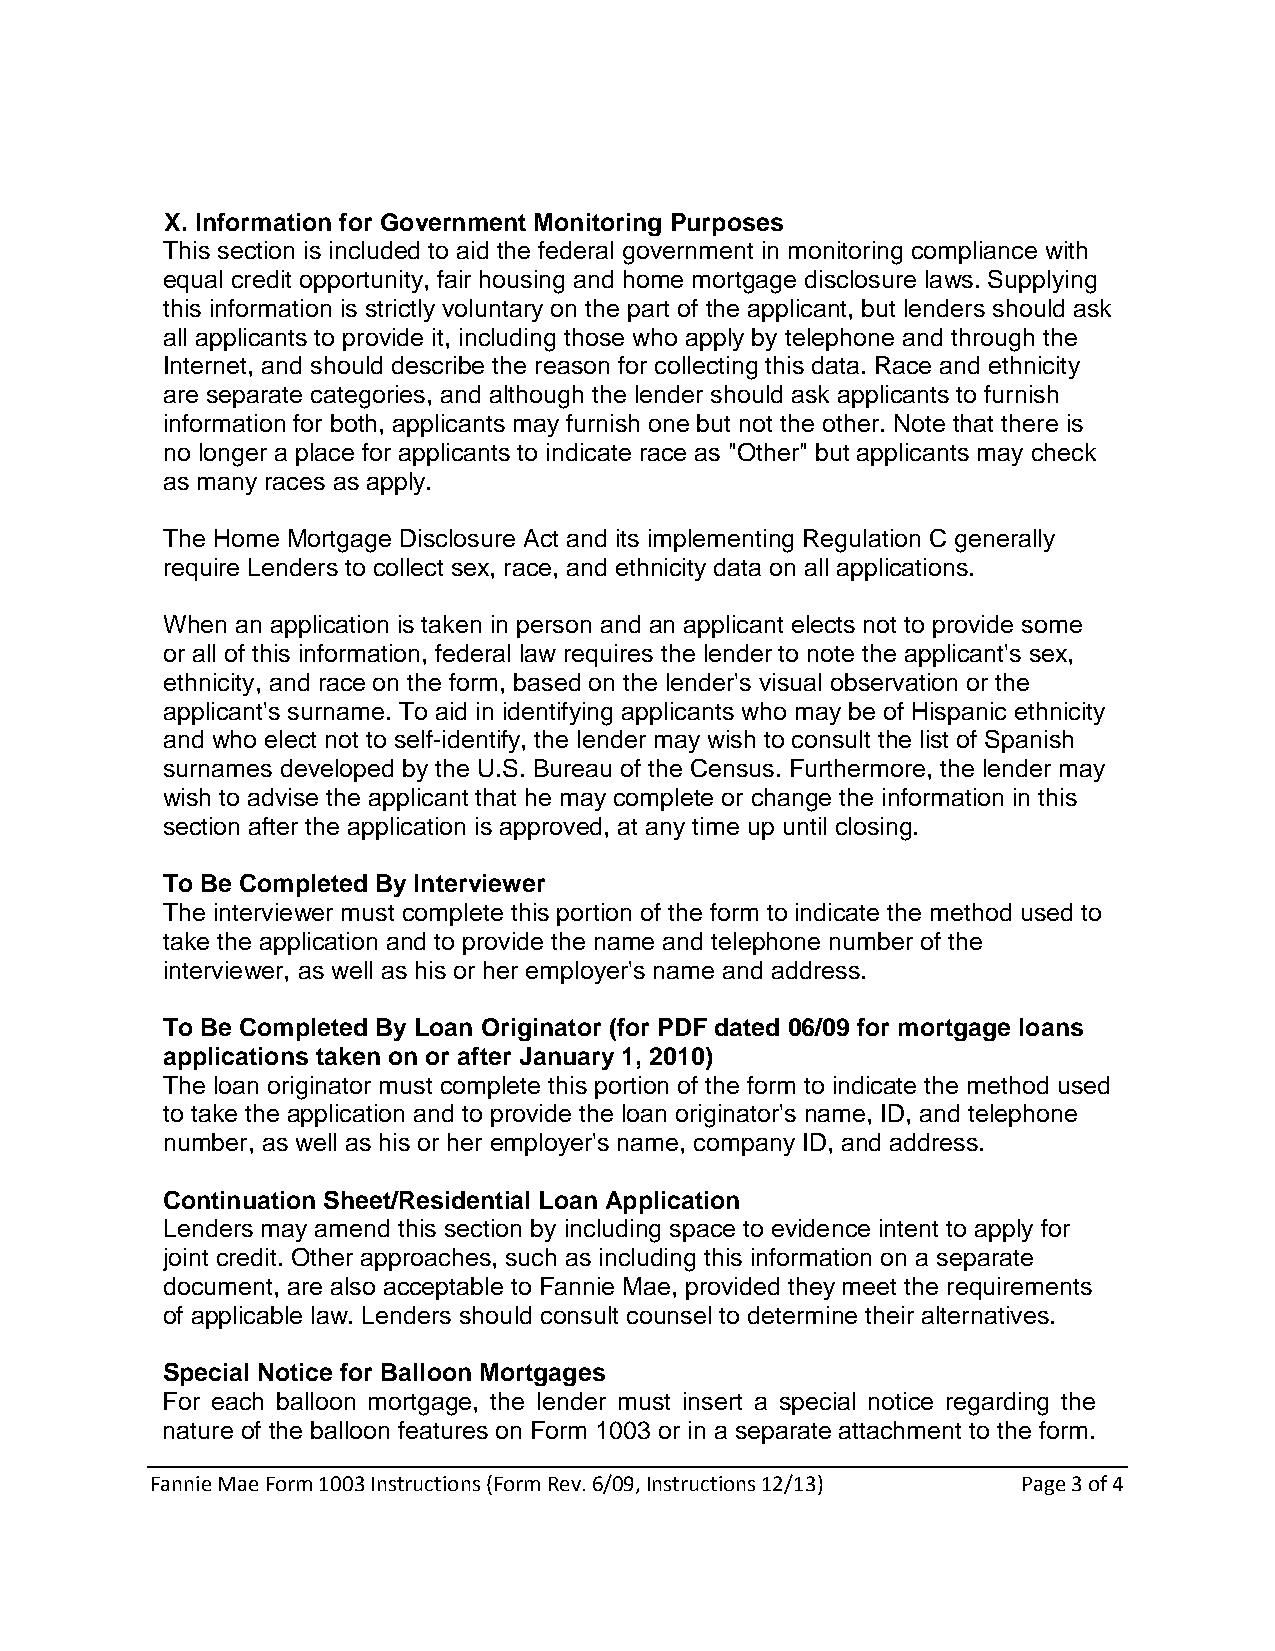
X. Information for Government Monitoring Purposes
 This section is included to aid the federal government in monitoring compliance with
 equal credit opportunity, fair housing and home mortgage disclosure laws. Supplying
 this information is strictly voluntary on the part of the applicant, but lenders should ask
 all applicants to provide it, including those who apply by telephone and through the
 Internet, and should describe the reason for collecting this data. Race and ethnicity
 are separate categories, and although the lender should ask applicants to furnish
 information for both, applicants may furnish one but not the other. Note that there is
 no longer a place for applicants to indicate race as "Other" but applicants may check
 as many races as apply.
 The Home Mortgage Disclosure Act and its implementing Regulation C generally
 require Lenders to collect sex, race, and ethnicity data on all applications.
 When an application is taken in person and an applicant elects not to provide some
 or all of this information, federal law requires the lender to note the applicant's sex,
 ethnicity, and race on the form, based on the lender's visual observation or the
 applicant's surname. To aid in identifying applicants who may be of Hispanic ethnicity
 and who elect not to self-identify, the lender may wish to consult the list of Spanish
 surnames developed by the U.S. Bureau of the Census. Furthermore, the lender may
 wish to advise the applicant that he may complete or change the information in this
 section after the application is approved, at any time up until closing.
 To Be Completed By Interviewer
 The interviewer must complete this portion of the form to indicate the method used to
 take the application and to provide the name and telephone number of the
 interviewer, as well as his or her employer's name and address.
 To Be Completed By Loan Originator (for PDF dated 06/09 for mortgage loans
 applications taken on or after January 1, 2010)
 The loan originator must complete this portion of the form to indicate the method used
 to take the application and to provide the loan originator's name, ID, and telephone
 number, as well as his or her employer's name, company ID, and address.
 Continuation Sheet/Residential Loan Application
 Lenders may amend this section by including space to evidence intent to apply for
 joint credit. Other approaches, such as including this information on a separate
 document, are also acceptable to Fannie Mae, provided they meet the requirements
 of applicable law. Lenders should consult counsel to determine their alternatives.
 Special Notice for Balloon Mortgages
 For each balloon mortgage, the lender must insert a special notice regarding the
 nature of the balloon features on Form 1003 or in a separate attachment to the form.
 Fannie Mae Form 1003 Instructions (Form Rev. 6/09, Instructions 12/13) Page 3 of 4